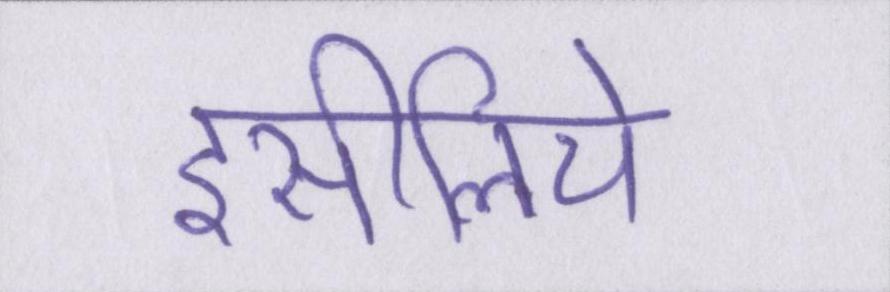
इसीलिये